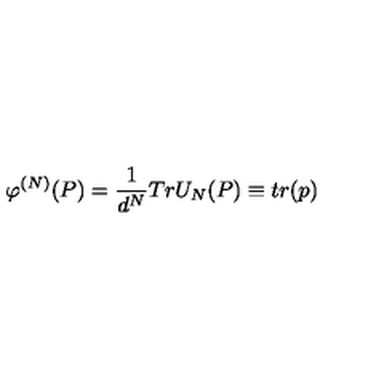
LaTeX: \varphi ^ { \left( N \right) } ( P ) = \frac { 1 } { d ^ { N } } T r U _ { N } ( P ) \equiv t r ( p )